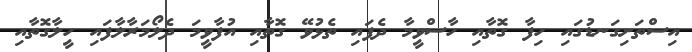
އިސްތަށިގަނޑުގައި ހިފާ ގޮތާއި ހާސްވީމާ ދެފައި ތެޅުވޭ ގޮތާއި އުފާވީމަ ދެލޯމަރާލާފައި ހީލާގޮތާއި